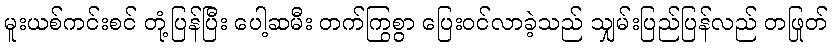
မူးယစ်ကင်းစင် တုံ့ပြန်ပြီး ပေါ့ဆမီး တက်ကြွစွာ ပြေးဝင်လာခဲ့သည် သျှမ်းပြည်ပြန်လည် တဖြုတ်